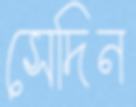
সেদিন